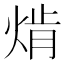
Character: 𱫗